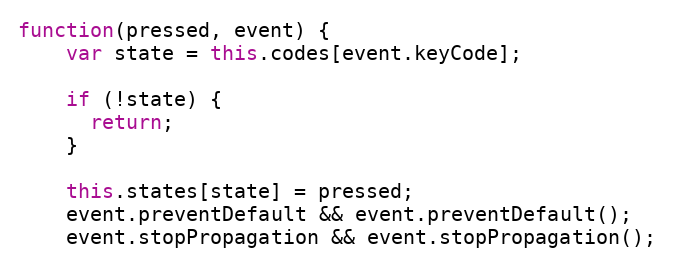
Language: JavaScript
function(pressed, event) {
    var state = this.codes[event.keyCode];

    if (!state) {
      return;
    }

    this.states[state] = pressed;
    event.preventDefault && event.preventDefault();
    event.stopPropagation && event.stopPropagation();